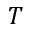
T